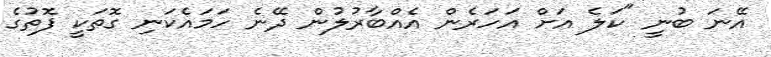
އޭނަ ބުނީ "ކަލެ އަށް އަހަރެން އެއްބާރުލުން ދޭނެ ހަމައެކަނި ގޮތަކީ ފޮތުގެ